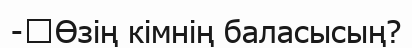
-	Өзің кімнің баласысың?